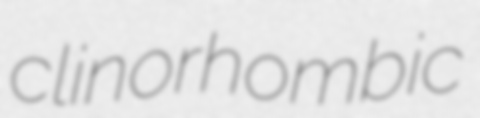
clinorhombic